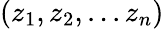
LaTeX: (z_{1},z_{2},...z_{n})